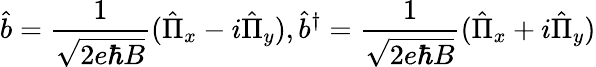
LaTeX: \hat{b}=\frac{1}{\sqrt{2e\hbar B}}(\hat{\Pi}_{x}-i\hat{\Pi}_{y}),\hat{b}^{\dagger}=\frac{1}{\sqrt{2e\hbar B}}(\hat{\Pi}_{x}+i\hat{\Pi}_{y})